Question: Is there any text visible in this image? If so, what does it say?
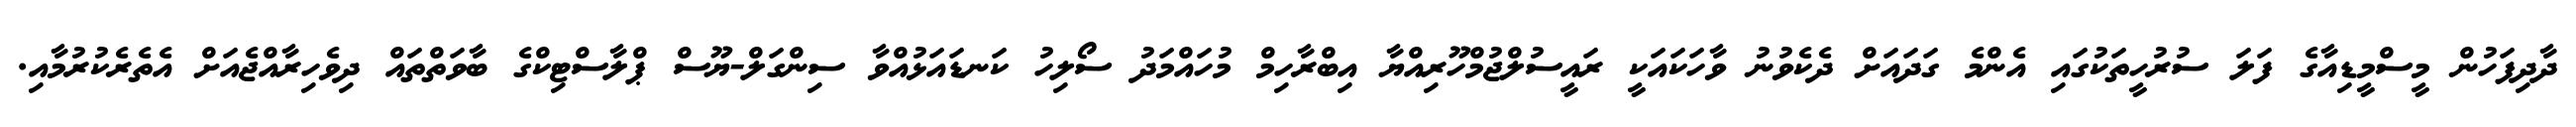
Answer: ދާދިފަހުން މީސްމީޑިއާގެ ފަލަ ސުރުހީތަކުގައި އެންމެ ގަދައަށް ދެކެވުނު ވާހަކައަކީ ރައީސުލްޖުމްހޫރިއްޔާ އިބްރާހިމް މުހައްމަދު ސޯލިހު ކަނޑައަޅުއްވާ ސިންގަލް-ޔޫސް ޕްލާސްޓިކްގެ ބާވަތްތައް ދިވެހިރާއްޖެއަށް އެތެރެކުރުމާއި.